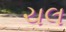
ચલ